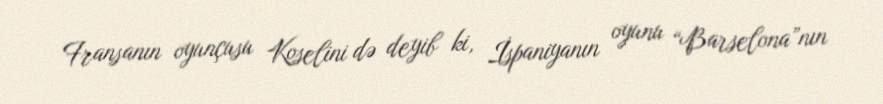
Fransanın oyunçusu Koselini də deyib ki, İspaniyanın oyunu “Barselona”nın